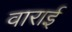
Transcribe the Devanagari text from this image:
वाराई